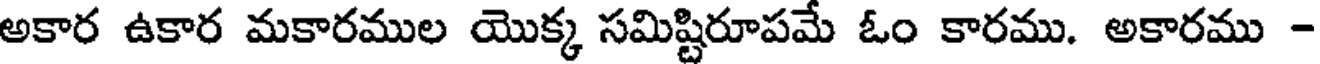
అకార ఉకార మకారముల యొక్క సమిష్టిరూపమే ఓం కారము. అకారము -